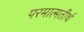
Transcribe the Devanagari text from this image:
परमात्मतीर्थ